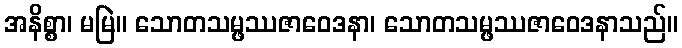
အနိစ္စာ၊ မမြဲ။ သောတသမ္ဖဿဇာဝေဒနာ၊ သောတသမ္ဖဿဇာဝေဒနာသည်။